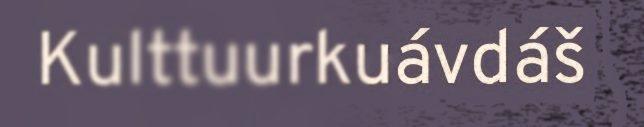
Kulttuurkuávdáš